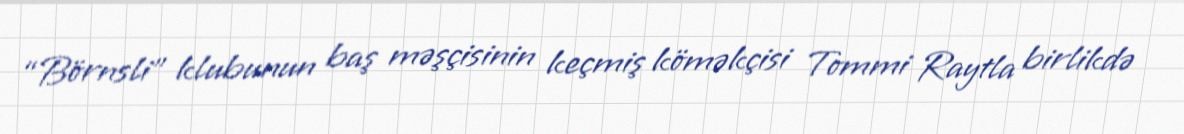
“Börnsli” klubunun baş məşçisinin keçmiş köməkçisi Tommi Raytla birlikdə